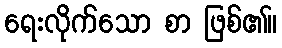
ရေးလိုက်သော စာ ဖြစ်၏။